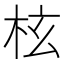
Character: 𣐙